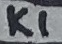
Text: K1